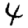
Digit: 4